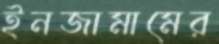
ইনজামামের